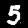
Label: 5